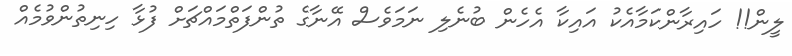
ލީން!! ހައިރާންކަމާއެކު އައިކާ އެހެން ބުނެލި ނަމަވެސް އޭނާގެ ތުންފަތްމައްޗަށް ފުޅާ ހިނިތުންވުމެއް